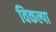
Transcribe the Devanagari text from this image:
विकल्पा